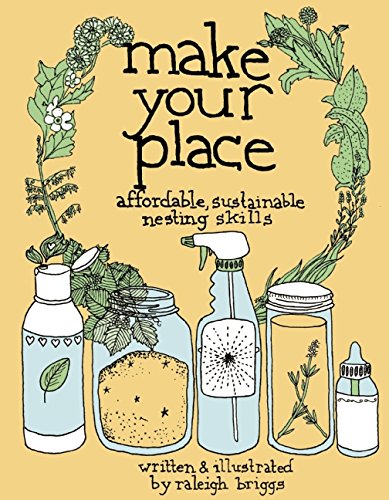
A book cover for Make Your Place: Affordable, Sustainable Nesting Skills (DIY); Raleigh Briggs; Comics & Graphic Novels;